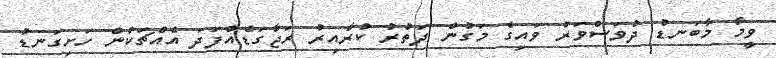
ވީމާ މާބަނޑު ދުވަސްވަރު ވައިގެ މަގުން ދަތުރު ކުރާއިރު ރަޖާގަޑެއްފަދަ އެއްޗަކުން ހަށިގަނޑު